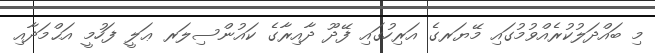
މި ބައްދަލުކުރެއްވުމުގައި މޭޔަރގެ އަރިހުގައި ފޭދޫ ދާއިރާގެ ކައުންސިލަރ ޢަލީ ފަހުމީ އަޙްމަދާއި